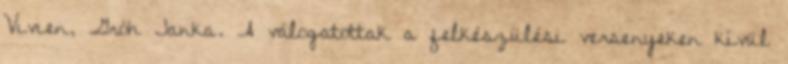
Vivien, Gróh Janka. A válogatottak a felkészülési versenyeken kívül